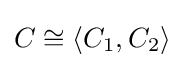
C\cong \langle C_{1},C_{2}\rangle